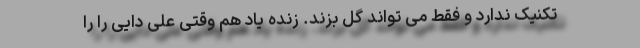
تکنیک ندارد و فقط می تواند گل بزند. زنده یاد هم وقتی علی دایی را را